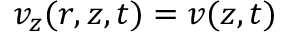
v _ { z } ( r , z , t ) = v ( z , t )